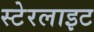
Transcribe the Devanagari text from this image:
स्टेरलाइट